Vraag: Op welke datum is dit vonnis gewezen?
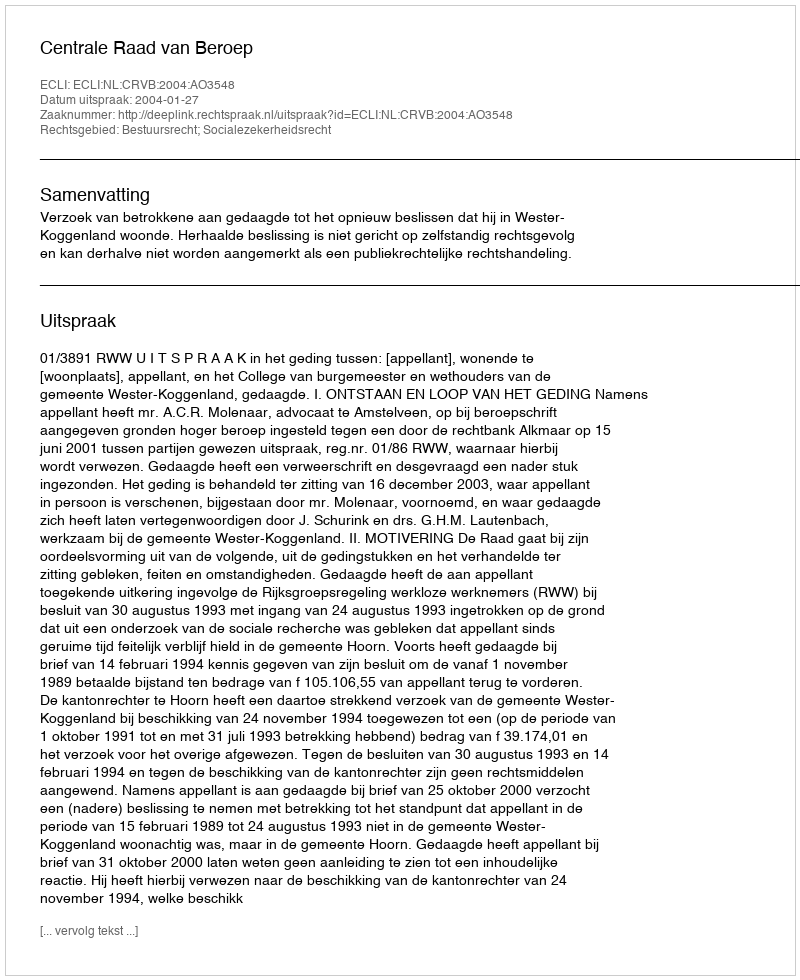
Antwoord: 2004-01-27